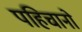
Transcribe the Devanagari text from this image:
पहिचानो